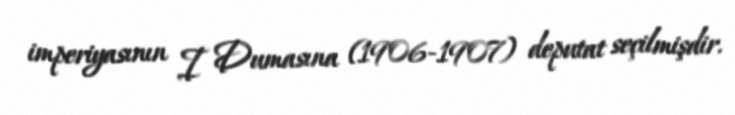
imperiyasının I Dumasına (1906-1907) deputat seçilmişdir.